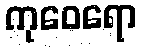
ကုဝေရော